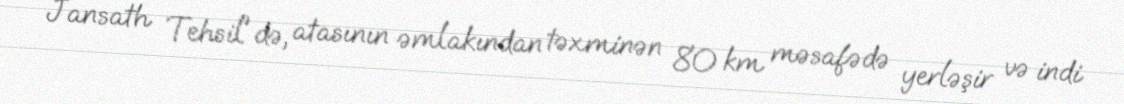
Jansath Tehsil'də, atasının əmlakından təxminən 80 km məsafədə yerləşir və indi